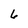
Character: 6